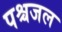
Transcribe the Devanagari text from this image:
पश्चजल